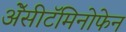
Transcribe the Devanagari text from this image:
ॲेसीटॅमिनोफेन